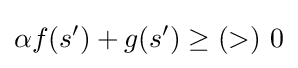
\alpha f(s')+g(s')\geq (>)\ 0